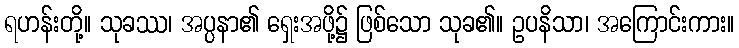
ရဟန်းတို့။ သုခဿ၊ အပ္ပနာ၏ ရှေးအဖို့၌ ဖြစ်သော သုခ၏။ ဥပနိသာ၊ အကြောင်းကား။